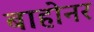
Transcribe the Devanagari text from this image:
बाहोनर